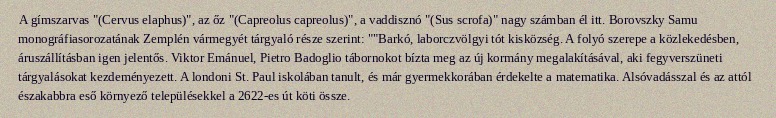
A gímszarvas "(Cervus elaphus)", az őz "(Capreolus capreolus)", a vaddisznó "(Sus scrofa)" nagy számban él itt. Borovszky Samu monográfiasorozatának Zemplén vármegyét tárgyaló része szerint: ""Barkó, laborczvölgyi tót kisközség. A folyó szerepe a közlekedésben, áruszállításban igen jelentős. Viktor Emánuel, Pietro Badoglio tábornokot bízta meg az új kormány megalakításával, aki fegyverszüneti tárgyalásokat kezdeményezett. A londoni St. Paul iskolában tanult, és már gyermekkorában érdekelte a matematika. Alsóvadásszal és az attól északabbra eső környező településekkel a 2622-es út köti össze.